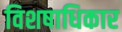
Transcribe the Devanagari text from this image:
विशषाधिकार